system: You are a helpful assistant.
user:
Analyze the provided spectrum to determine if it is a **White Dwarf (WD)**.

A White Dwarf spectrum is defined by its **extreme purity** (due to gravitational settling) and/or **extreme pressure broadening** (due to high surface gravity). You must check for one of the following mutually exclusive signatures:

- **Key Visual Indicators (Check for ONE of these types):**

    - **1. DA-Type Signature (Most Common):**
        - **(Primary Feature):** Extreme pressure broadening (Stark broadening) of the **Hydrogen (H) Balmer lines**.
        - **(Key Lines):** $H\beta$ (approx. $4861$ Å) and $H\gamma$ (approx. $4340$ Å). $H\alpha$ (approx. $6563$ Å) will also be present if the wavelength range covers it.
        - **(Line Profile):** This is the **defining feature**. The lines are **NOT** sharp. They appear as massive, **extremely broad and deep "troughs" or "dips"** in the spectrum, often hundreds of Ångströms wide. The continuum will appear to "scoop" down at these wavelengths.
        - **(Distinction):** Normal A-type or B-type stars have *narrow* and *sharp* Hydrogen lines. A DA White Dwarf's lines are unmistakably "smeared" or "blurry" from pressure.

    - **2. DB-Type Signature:**
        - **(Primary Feature):** Broad absorption lines from **Neutral Helium (He I)**. The spectrum must lack any visible Hydrogen lines.
        - **(Key Lines):** Look for broad absorption near $4471$ Å, $4921$ Å, and $5876$ Å.
        - **(Line Profile):** These lines are also significantly pressure-broadened, appearing much wider than they would in a normal B-type main-sequence star.

    - **3. DC-Type Signature:**
        - **(Primary Feature):** A **featureless continuous spectrum**.
        - **(Line Profile):** The spectrum is a smooth curve with **no significant absorption or emission lines**.
        - **(Key Confirmation):** The continuum is almost always **blue or white**, indicating a hot object. This signature implies the atmosphere is so pure (or so cool) that no spectral lines are visible in the optical range. Its WD identity is confirmed by its extremely low intrinsic brightness (high absolute magnitude).

    - **4. DZ-Type Signature (Metal-Polluted):**
        - **(Primary Feature):** **Isolated, narrow metal absorption lines** on an otherwise featureless (DC-like) continuum.
        - **(Key Lines):** The **Calcium (Ca II) H & K doublet** (approx. **$3934$ Å** and **$3968$ Å**) is the most common and defining feature.
        - **(Line Profile):** These lines are "out of place." They are *not* part of a "forest" of thousands of lines. This signature is evidence of recent *accretion* (pollution) from rocky debris.
        - **(Distinction):** Normal G/K/M stars have a *dense forest* of thousands of metal lines. A DZ has a *clean* continuum with *only a few* strong metal lines.

    - **5. DQ-Type Signature (Carbon-Polluted):**
        - **(Primary Feature):** Absorption bands from **Carbon (C₂ "Swan Bands" or atomic C I)**.
        - **(Key Lines - C₂):** Look for bandheads with a "saw-tooth" shape near $5635$ Å, **$5165$ Å** (strongest), and $4737$ Å.
        - **(Key Confirmation):** The underlying **continuum must be blue or white** (hot).
        - **(Distinction):** This is the critical difference from a **Carbon Star**, which has the *exact same* C₂ bands but on an extremely **red, cool** continuum.

- **(Overall Spectrum):**
    - The continuum (overall shape) is typically **blue-sloping** (brighter in the blue than the red), as most white dwarfs are very hot.
    - The spectrum will look "pure" or "simple," dominated by only *one* of the five signatures listed above.

Think first, call **spectral_visualization_tool** if needed to examine features in detail, then provide your final answer. Your response must adhere to the following strict rules:
1.  **Overall Structure:** Your response must follow the format `<think>...</think> <tool_call>...</tool_call> (if a tool is used) <answer>...</answer>`.
2.  **Tool Usage Constraint:** You may only make **one** tool call per turn.
3.  **Final Answer Format:** In the `<answer>` tag, your conclusion must be inside a `\boxed{}` command (e.g., `\boxed{YES}` or `\boxed{NO}`), followed by your justification.

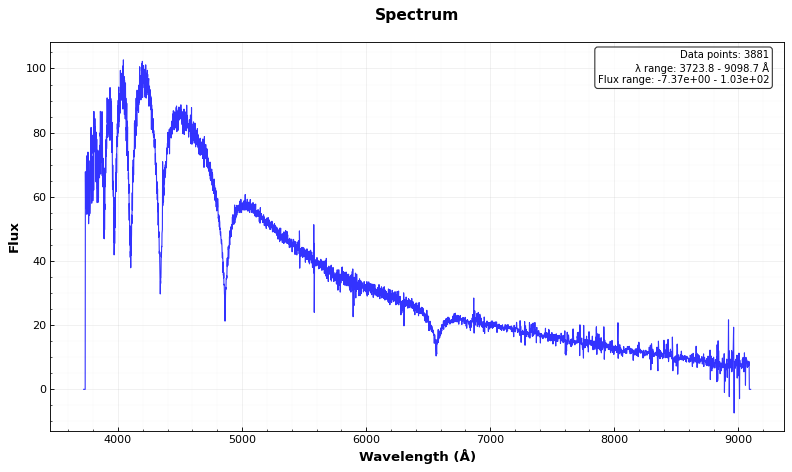
Answer: YES